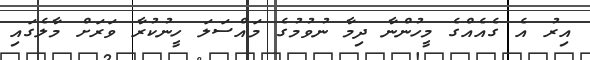
އިރު އެ ގެއެއްގެ މީހުންނާ ދިމާ ނުވުމުގެ މައްސަލަ ހީނުކުރާ ވަރަށް މާލެގައި